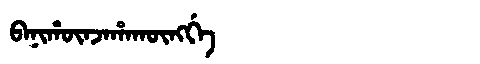
Manchu: ᠪᠠᠨᡳᡥᡡᠨᠵᠠᡥᠠᡴᡡᠩᡤᡝ
Romanization: BANIHŪNJAHAKŪNGGE